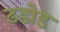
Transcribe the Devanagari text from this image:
ढडोड